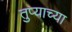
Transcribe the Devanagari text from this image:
तुप्याच्या